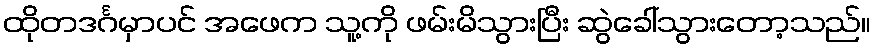
ထိုတဒင်္ဂမှာပင် အဖေက သူ့ကို ဖမ်းမိသွားပြီး ဆွဲခေါ်သွားတော့သည်။